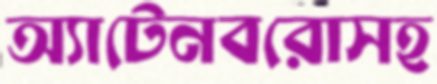
অ্যাটেনবরোসহ